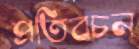
প্রতিবচন